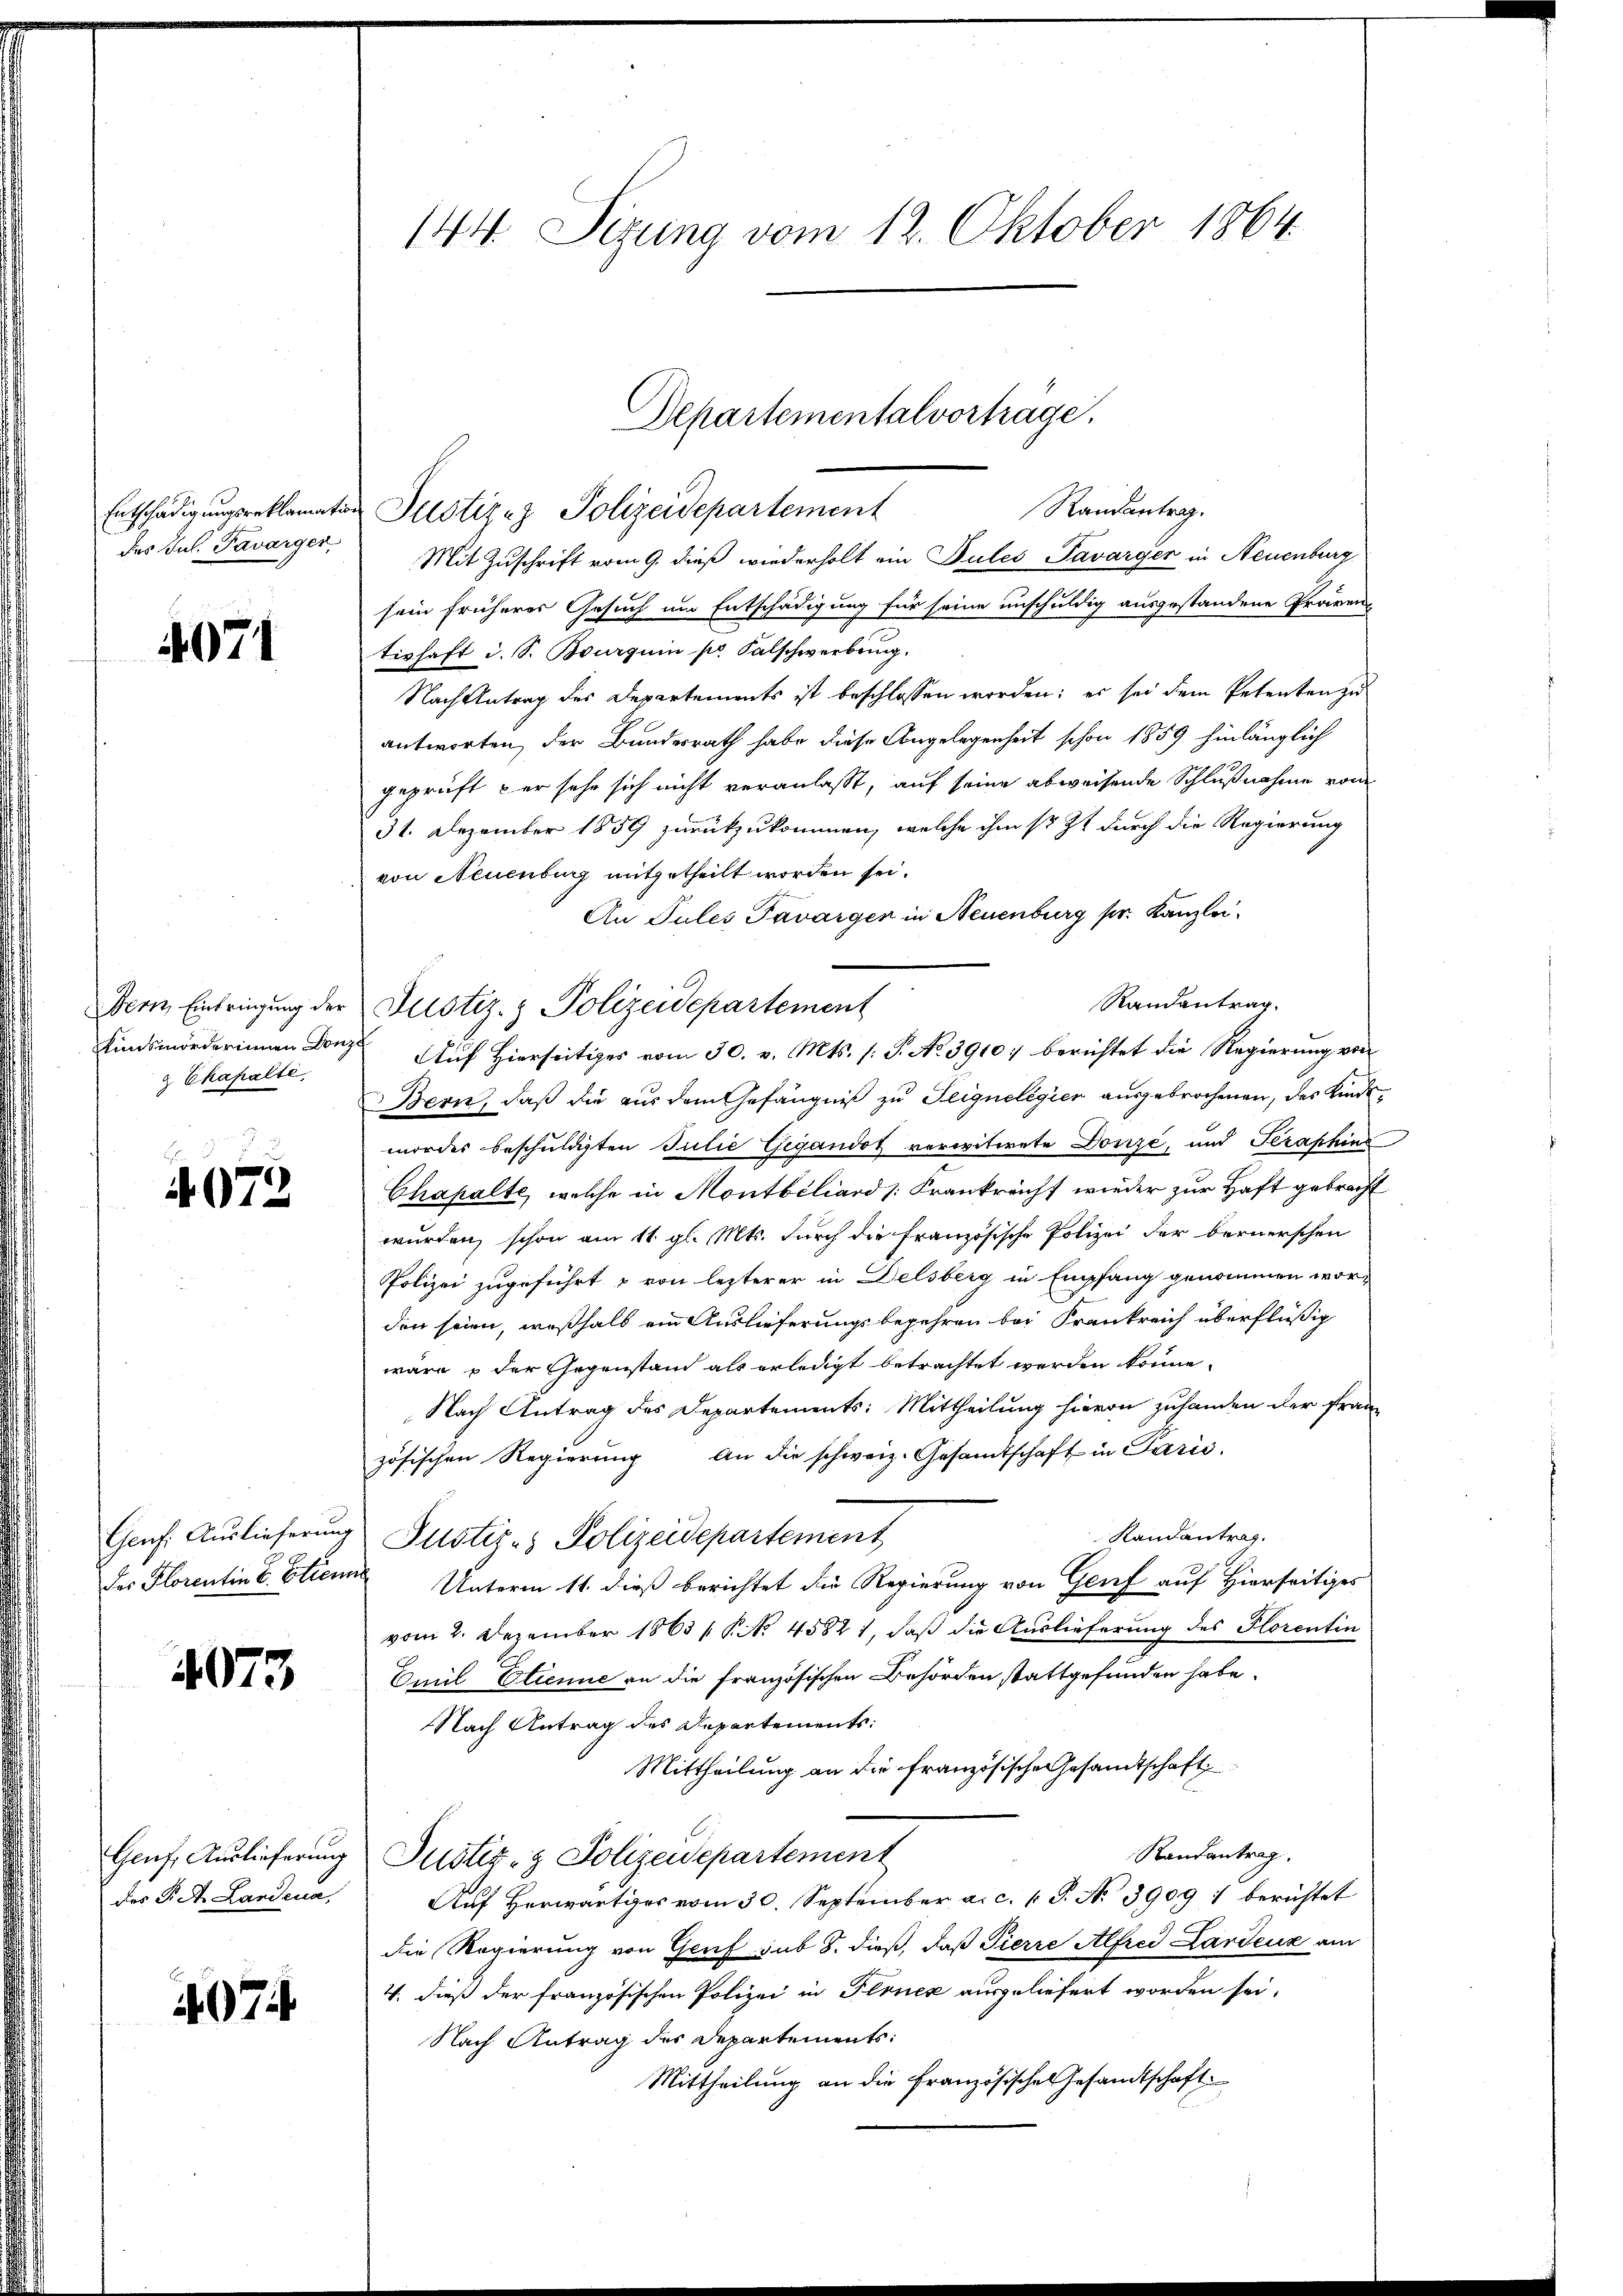
Entschädigungsreklamation
des Jul. Favarger,

4071

Bern, Einbringung der
Kunsmörderinnen Donz
& Chapalte

1072

Genf. Auslieferung
Das Florentin v. Etiem

4073

Genf, Auslieferung
des Pet. Landena,

497.

144. Sizung vom 12. Oktober 1864.

Randantrag.
Justizez Polizeidepartement
Mit Zuschrift vom 9. dieß wiederholt ein Pules Tavarger in Neuenburg
sein früheres Gesuch um Entschädigung für seine unschuldig ausgestandene Präven-
tishaft d. S. Bourguin pr. Falschwerbung.
Nach Antrag des Departements ist beschlossen worden; er sei dem Petenten zu
antworten, der Bundesrath habe diese Angelegenheit schon 1859 hinlänglich
geprüft per sehr sich nicht veranlaßt, auf seine abweisende Schlußnahme vom
31. Dezember 1859 zurückzukommen, welche ihm sr. Zt durch die Regierung
von Neuenburg mitgetheilt worden sei.
An Pules Tavargen in Neuenburg pr. Kanzlei.
Randantrag.
Justiz- & Polizeidepartement
Auf Hierseitiges vom 30. v. Mts. (T. No 39107 berichtet die Regierung von
Bern, daß die aus dem Gefängniß zu Teignelegier ausgebrochenen, des Kindemordes beschuldigten Julie Gigandot verwitwete Dorize, und Seraphin
Chapalte, welche in Montbiliard [Frankreicht wieder zur Haft gebrecht
wurden, schon am 11. gl. Mts. durch die französische Polizei der bernerschen
Polizei zugeführt & von lezterer in Delsberg in Empfang genommen worden seien, weßhalb ein Auslieferungsbegehren bei Frankreich überflüßig
wäre der Gegenstain als erledigt betrachtet werden könne.
Nach Antrag des Departements: Mittheilung hievon zuhanden der französischen Regierŭng An die schweiz. Gesamtschaft in Parić,
Randantrag.
Justiz- Polizeidepartement
Unterm 11. dieß berichtet die Regierung von Genf auf Hierseitiges
vom 2. Dezember 1863 / P. No 45821, daß die Auslieferung des Horentin
Emil Etienne an die französischen Behörden stattgefunden habe.
Nach Antrag des Departements:
Mittheilung an die französische Gesandtschaft
Randantrag
Justiz- & Polizeidepartement
Auf herwärtiges vom 30. September a. c. l. J. N. 3909 : berichtet
die Regierung von Genf sub 8. dieß, daß Pierre Alfred Landeur am
V. dieß der französischen Polizei in Plonek ausgeliefert worden sei,
Nach Antrag des Departements:
Mittheilung an die französische Gesandtschaft

Departementalvortrage.